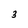
Character: 3